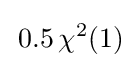
\,0.5\,\chi ^{2}(1)